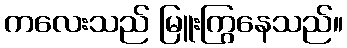
ကလေးသည် မြူးကြွနေသည်။